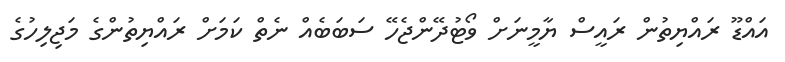
އައްޑޫ ރައްޔިތުން ރައީސް ޔާމީނަށް ވޯޓުދޭންޖެހޭ ސަބަބެއް ނެތް ކަމަށް ރައްޔިތުންގެ މަޖިލިހުގެ